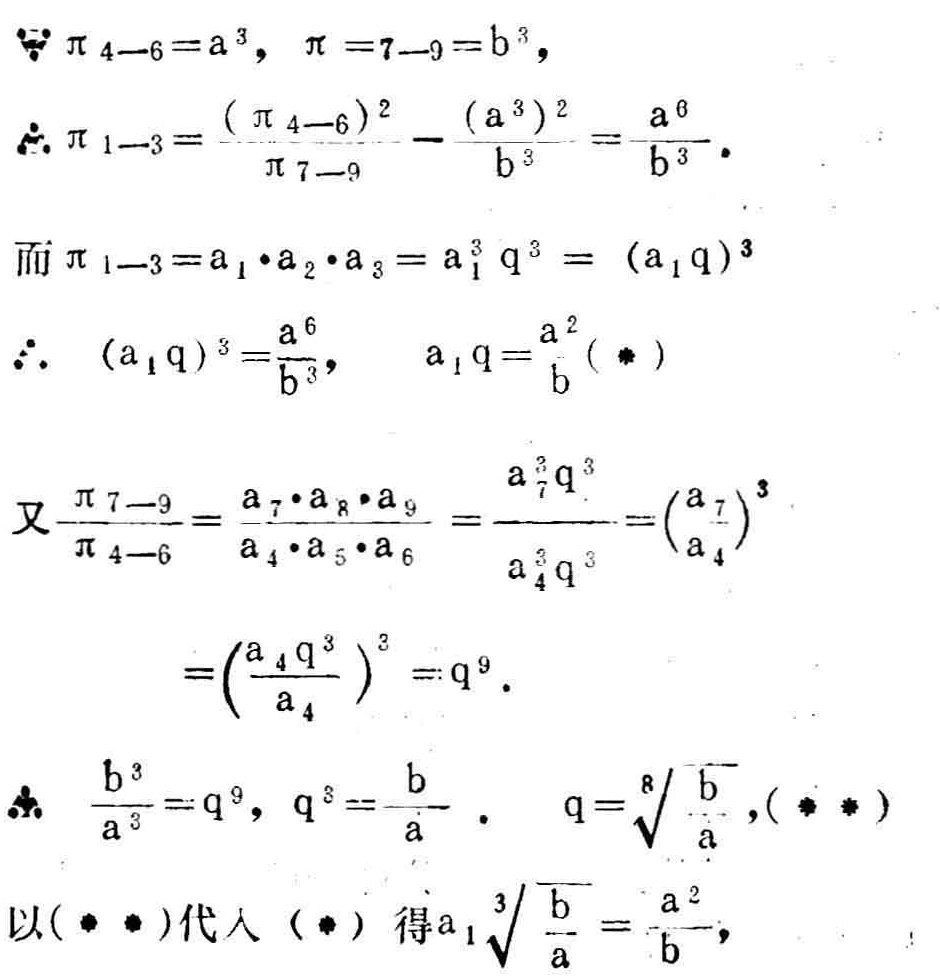
\(\because \pi_{4 - 6}=a^{3},\ \pi_{7 - 9}=b^{3},\)
\(\therefore \pi_{1 - 3}=\frac{(\pi_{4 - 6})^{2}}{\pi_{7 - 9}}=\frac{(a^{3})^{2}}{b^{3}}=\frac{a^{6}}{b^{3}}.\)
\(\text{而} \pi_{1 - 3}=a_{1}\cdot a_{2}\cdot a_{3}=a_{1}^{3}q^{3}=(a_{1}q)^{3}\)
\(\therefore (a_{1}q)^{3}=\frac{a^{6}}{b^{3}},\ a_{1}q = \frac{a^{2}}{b}(*)\)
\(\text{又} \frac{\pi_{7 - 9}}{\pi_{4 - 6}}=\frac{a_{7}\cdot a_{8}\cdot a_{9}}{a_{4}\cdot a_{5}\cdot a_{6}}=\frac{a_{7}^{3}q^{3}}{a_{4}^{3}q^{3}} = (\frac{a_{7}}{a_{4}})^{3}\)
\(=(\frac{a_{4}q^{3}}{a_{4}})^{3}=q^{9}.\)
\(\therefore \frac{b^{3}}{a^{3}}=q^{9},\ q^{3}=\frac{b}{a}.\ q = \sqrt[8]{\frac{b}{a}}, (**)\)
\(\text{以}(**)\text{代入}(*) \text{得} a_{1}\sqrt[3]{\frac{b}{a}}=\frac{a^{2}}{b},\)